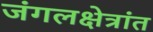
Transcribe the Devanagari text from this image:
जंगलक्षेत्रांत